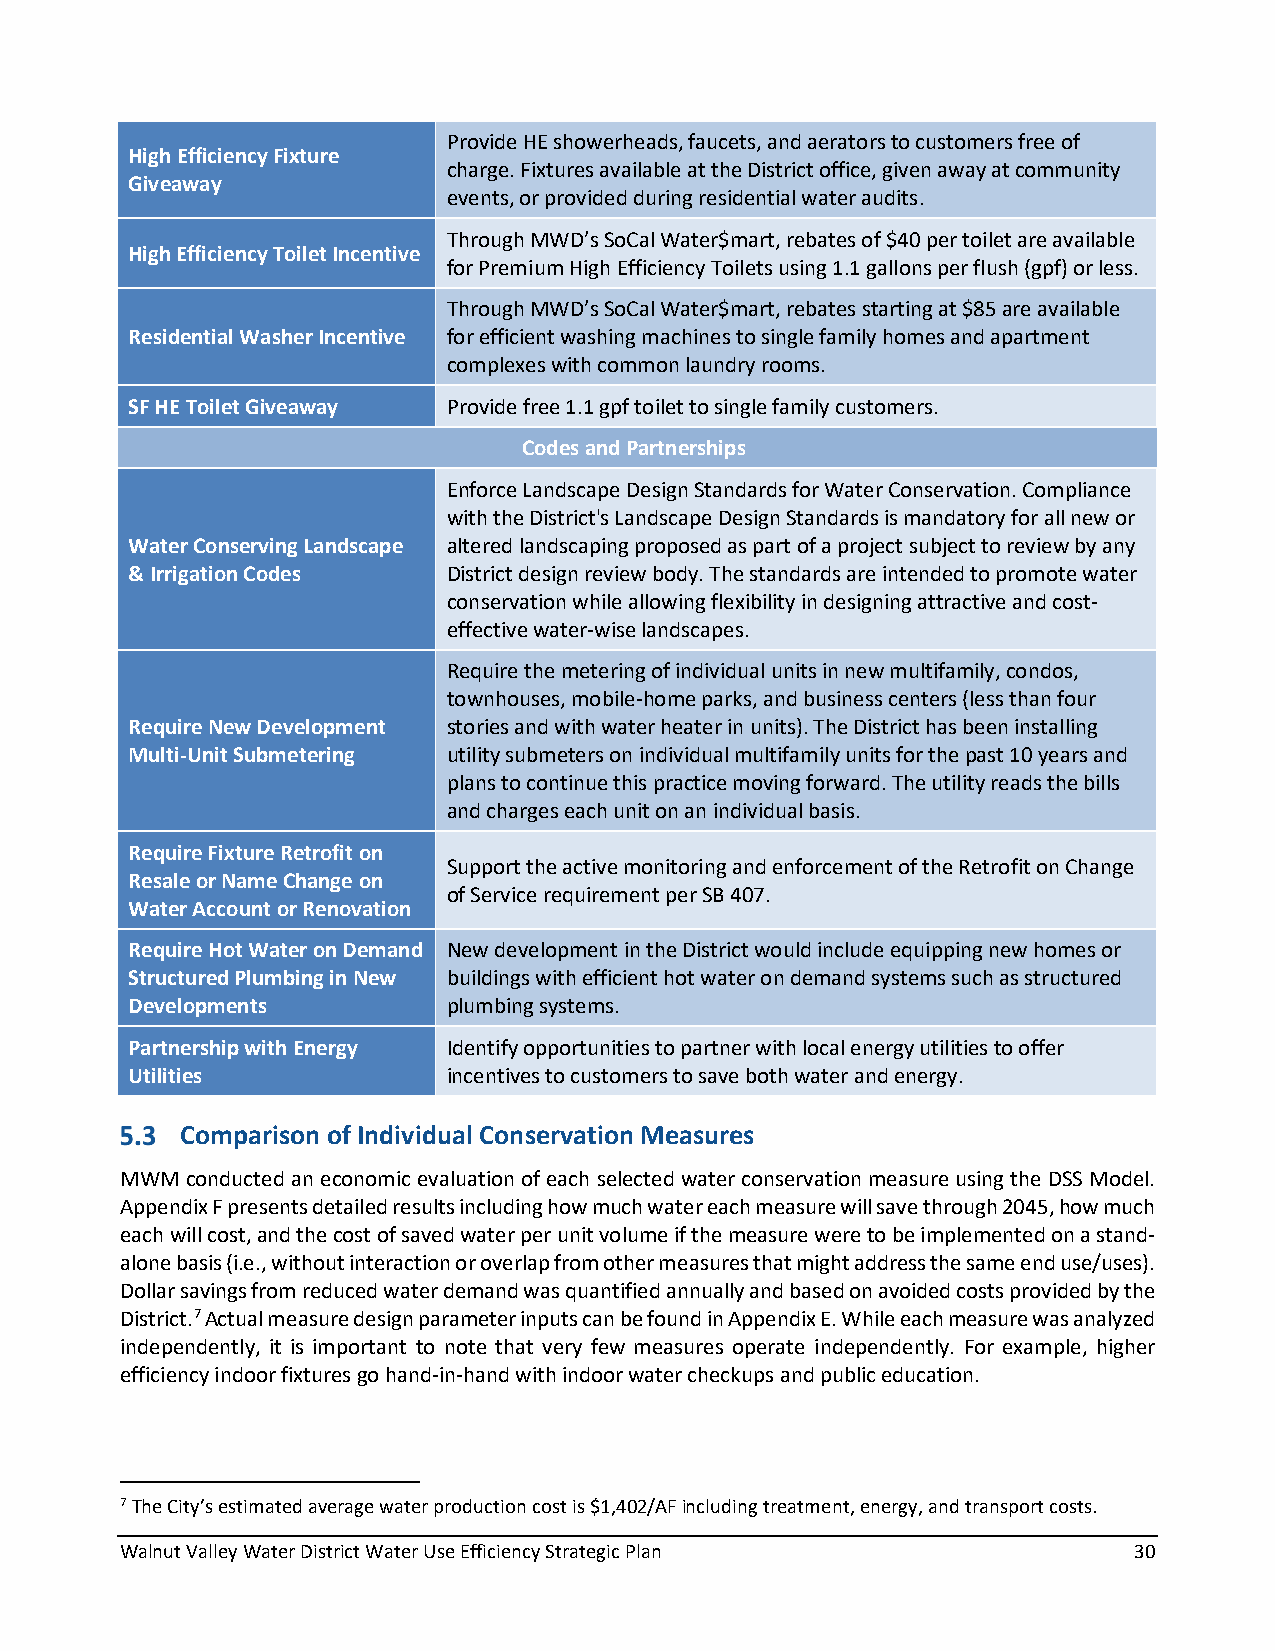
Provide HE showerheads, faucets, and aerators to customers free of
 High Efficiency Fixture
 charge. Fixtures available at the District office, given away at community
 Giveaway
 events, or provided during residential water audits.
 Through MWD’s SoCal Water$mart, rebates of $40 per toilet are available
 High Efficiency Toilet Incentive
 for Premium High Efficiency Toilets using 1.1 gallons per flush (gpf) or less.
 Through MWD’s SoCal Water$mart, rebates starting at $85 are available
 Residential Washer Incentive for efficient washing machines to single family homes and apartment
 complexes with common laundry rooms.
 SF HE Toilet Giveaway Provide free 1.1 gpf toilet to single family customers.
 Codes and Partnerships
 Enforce Landscape Design Standards for Water Conservation. Compliance
 with the District's Landscape Design Standards is mandatory for all new or
 Water Conserving Landscape altered landscaping proposed as part of a project subject to review by any
 & Irrigation Codes    District design review body. The standards are intended to promote water
 conservation while allowing flexibility in designing attractive and cost-
 effective water-wise landscapes.
 Require the metering of individual units in new multifamily, condos,
 townhouses, mobile-home parks, and business centers (less than four
 Require New Development stories and with water heater in units). The District has been installing
 Multi-Unit Submetering utility submeters on individual multifamily units for the past 10 years and
 plans to continue this practice moving forward. The utility reads the bills
 and charges each unit on an individual basis.
 Require Fixture Retrofit on
 Support the active monitoring and enforcement of the Retrofit on Change
 Resale or Name Change on
 of Service requirement per SB 407.
 Water Account or Renovation
 Require Hot Water on Demand New development in the District would include equipping new homes or
 Structured Plumbing in New buildings with efficient hot water on demand systems such as structured
 Developments          plumbing systems.
 Partnership with Energy Identify opportunities to partner with local energy utilities to offer
 Utilities             incentives to customers to save both water and energy.
 Comparison of Individual Conservation Measures
 MWM conducted an economic evaluation of each selected water conservation measure using the DSS Model.
 Appendix F presents detailed results including how much water each measure will save through 2045, how much
 each will cost, and the cost of saved water per unit volume if the measure were to be implemented on a stand-
 alone basis (i.e., without interaction or overlap from other measures that might address the same end use/uses).
 Dollar savings from reduced water demand was quantified annually and based on avoided costs provided by the
 District.7 Actual measure design parameter inputs can be found in Appendix E. While each measure was analyzed
 independently, it is important to note that very few measures operate independently. For example, higher
 efficiency indoor fixtures go hand-in-hand with indoor water checkups and public education.
 7 The City’s estimated average water production cost is $1,402/AF including treatment, energy, and transport costs.
 Walnut Valley Water District Water Use Efficiency Strategic Plan   30